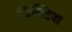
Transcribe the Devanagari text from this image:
पिक्टिश